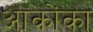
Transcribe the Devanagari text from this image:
आकोंका